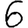
Digit: 6